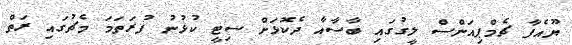
ޔޫއެފާ ޗެމްޕިއަންސް ލީގުގައި ބާސާއާ ދެކޮޅަށް ސިޓީ ކުޅުނު ފުރަތަމަ މެޗުގައި ރަތް